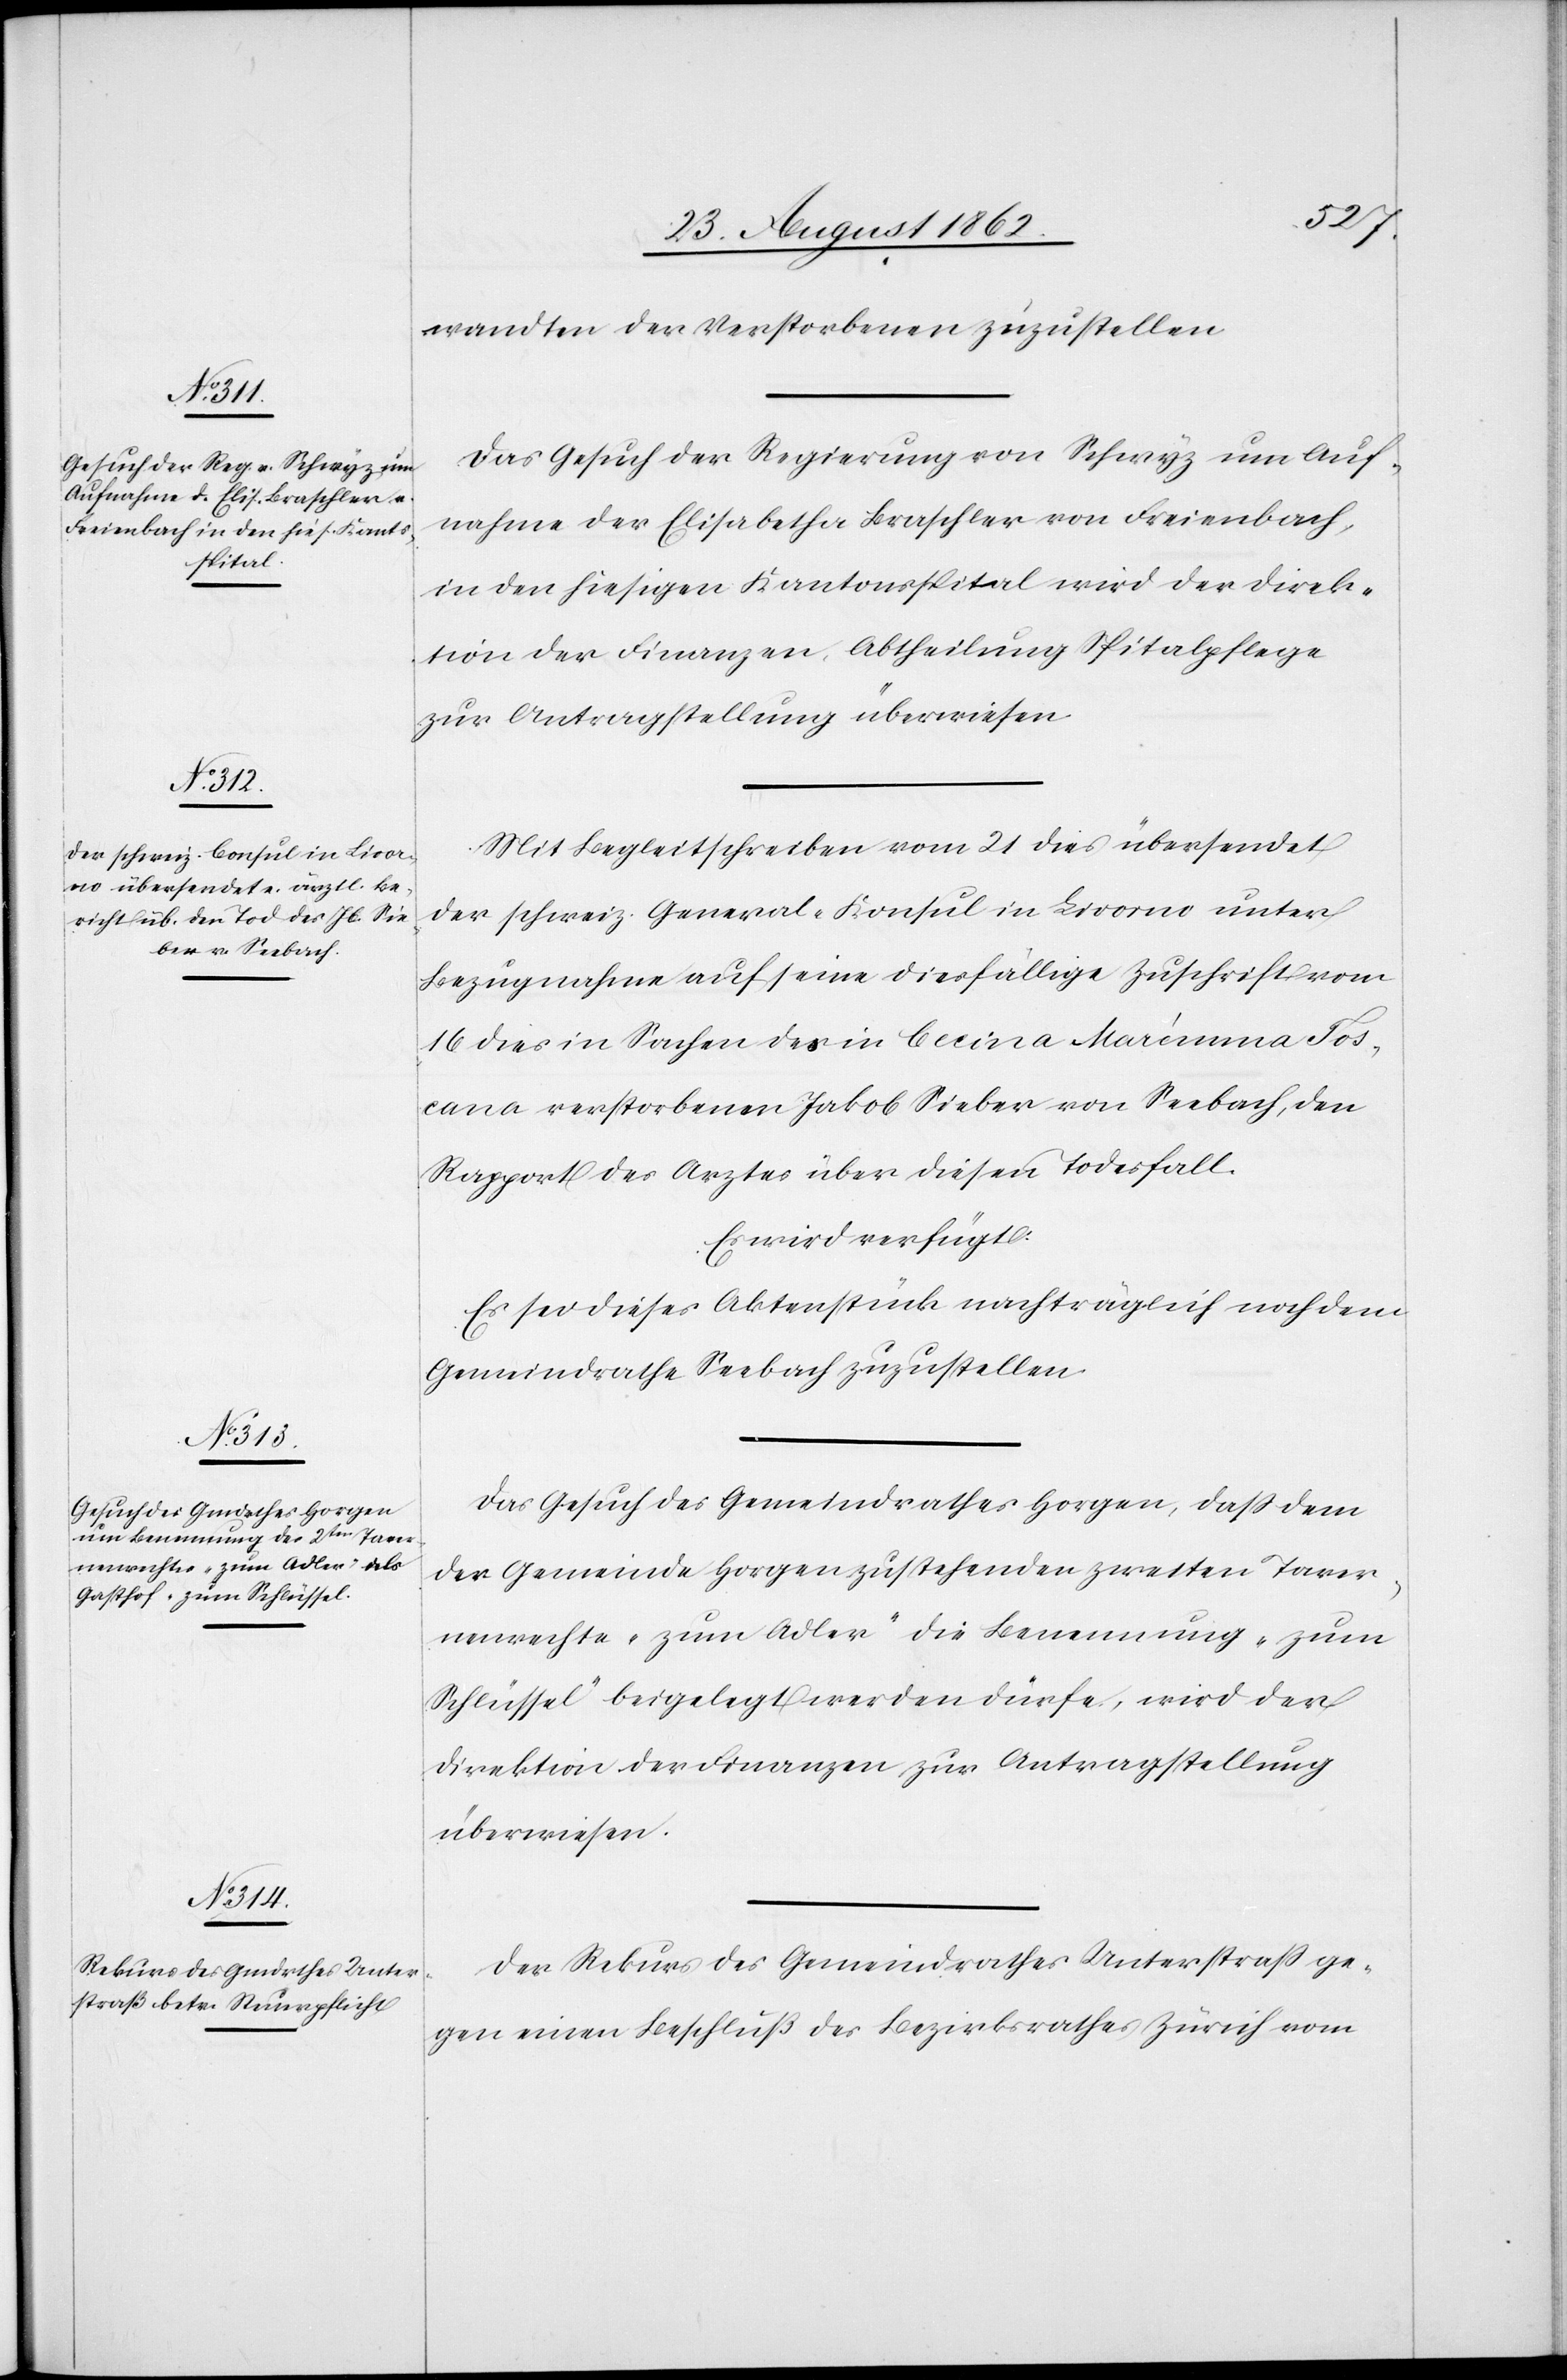
den
25. August 1862.]
wandten der Verstorbenen zuzustellen.
Das Gesuch der Regierung von Schwyz um Auf¬
nahme der Elisabetha Braschler von Freienbach,
in den hiesigen Kantonsspital wird der Direk¬
tion der Finanzen Abtheilung Spitalpflege
zur Antragstellung überwiesen.
Mit Begleitschreiben vom 21. dies übersendet
der schweiz. General-Konsul in Livorno unter
Bezugnahme auf seine diesfällige Zuschrift vom
16. dies in Sachen des in Cecina Maremma Tos¬
cana verstorbenen Jakob Sieber von Seebach, den
Rapport des Arztes über diesen Todesfall.
Es wird verfügt:
Es sei dieses Aktenstück nachträglich noch dem
Gemeindrathe Seebach zuzustellen.
Das Gesuch des Gemeindrathes Horgen, daß dem
der Gemeinde Horgen zustehenden zweiten Taver¬
nenrechte „zum Adler“ die Benennung „zum
Schlüssel“ beigelegt werden dürfe, wird der
Direktion der Finanzen zur Antragstellung
überwiesen.
Der Rekurs des Gemeindrathes Unterstraß ge¬
gen einen Beschluß des Bezirksrathes Zürich vom